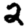
Digit: 2